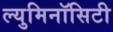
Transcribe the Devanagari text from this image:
ल्युमिनॉसिटी